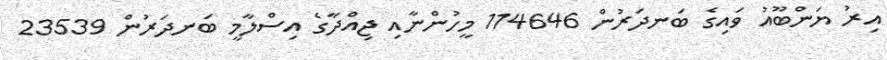
އިރު ޔަންބޫއު ވައިގެ ބަނދަރުން 114646 މީހުންނާއި ޖިއްދާގެ އިސްލާމީ ބަނދަރުން 23539